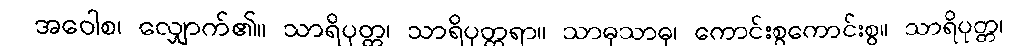
အဝေါစ၊ လျှောက်၏။ သာရိပုတ္တ၊ သာရိပုတ္တရာ။ သာဓုသာဓု၊ ကောင်းစွကောင်းစွ။ သာရိပုတ္တ၊